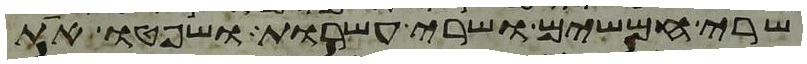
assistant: שרי חמשים ושרי עשרות ושפטו את